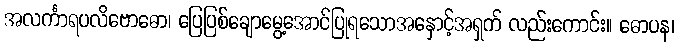
အလင်္ကာရပလိဗောဓော၊ ပြေပြစ်ချောမွေ့အောင်ပြုရသောအနှောင့်အရှက် လည်းကောင်း။ ဓောပန၊